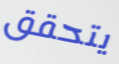
يتحقق